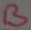
Text: B